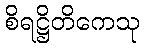
စိရဋ္ဌိတိကေသု